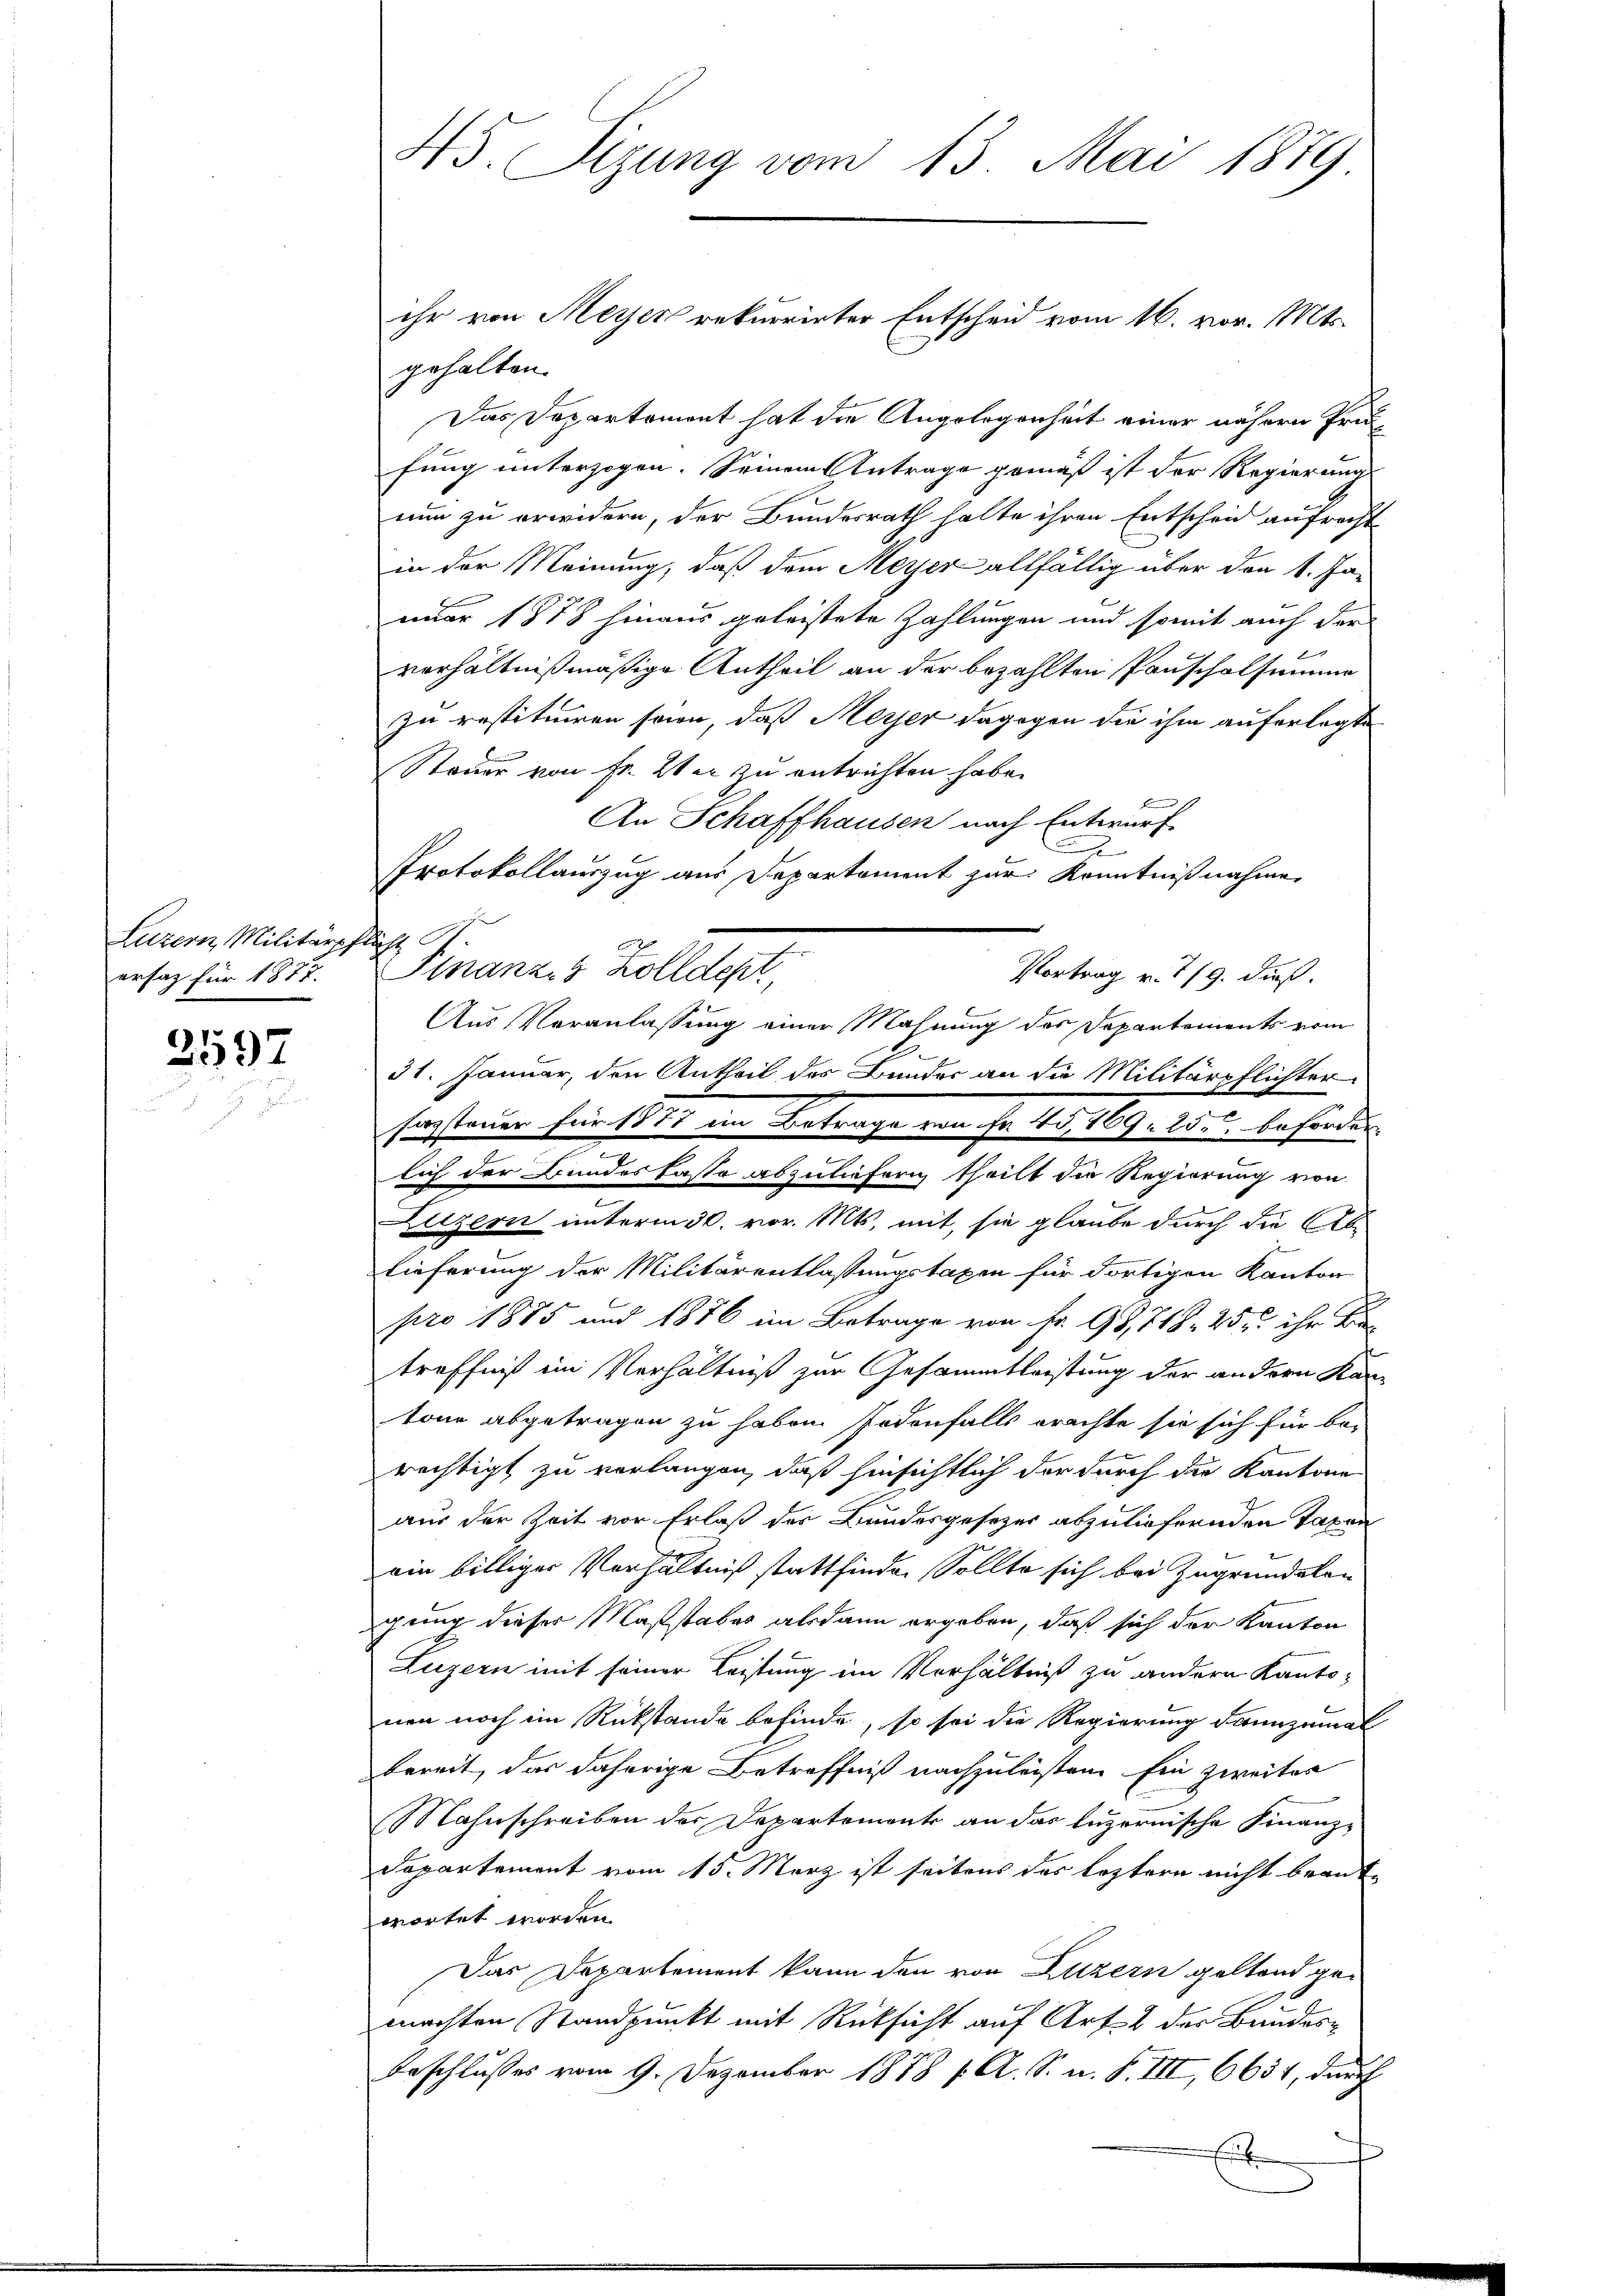
Luzern, Militärpflicht
ersatz für 1877.

3597

45. Sizung vom 13. Mai 1889

gehalten.
Das Departement hat die Angelegenheit einer nähern Prifung unterzogen. Seinem Antrage gemäß ist der Regierung
nun zu erwidern, der Bundesrath halte ihren Entscheid aufrecht
in der Meinung, daß dem Meyer allfällig über den 1. Ja-
nuar 1878 hinaus geleistete Zahlungen und somit auch der

verhältnißmäßige Antheil an der bezahlten Panscholsummer
zu restituiren sein, daß Meyer dagegen die ihm auferlegte
Steuer von Fr. 2ter zu entrichten habe.
F
An Schaffhausen nach Entwurf
e
Protokollauszug aus Departement zur Kenntnißnahme,
Finanzes Kolldept
Vortrag v. 1/9. dieß.
.
31. Januar, den Antheil des Bundes an die Militärpflichter
Erzsteuer für 1877 im Betrage von je t5,109. 25. beforden
lich der Bundeskasse abzuliefern theilt die Regierung von
Litzern unterm 30. vor. Mts. mit, sie glaube durch die Ablieferung der Militärentlassungstaxen für dortigen Kanton
pro 1885 und 1876 im Betrage von Fr. 98, 748. 25 u. ihr ka
treffniß im Verhältniß zur Gesammtleistung der andern Kantone abgetragen zu haben. Jedenfalls erachte sie sich für be-
rechtigt zu verlangen, daß hinsichtlich der durch die Kantone
aus der Zeit vor Erlaß des Bundesgesetzes abzuliefernden Taxen
ein billiger Verhältniß stattfinde. Sollte sich bei Zugründelan
ichung dieser Maßstabes alsdann ergeben, daß sich der Kanton
Luzern mit seiner Leistung im Verhältniß zu andern Kanto-
nen noch im Rückstände befinde, so sei die Regierung dannzumal
bereit, das daherige Betreffniß nachzuleisten Ein zweiter
Mahnschreiben der Departement an das luzernische Finanz¬
Departement vom 15. März ist seitens das leztern nicht beantwortet worden.
Das Departement kann den von Luzern geltend gemachten Standpunkt mit Rücksicht auf Art. 2 der Bundes¬
Beschlusses vom 9. Dezember 1878 f. A. S. n. F. III, 6634, durch
F

ihr von Meyer rekurrirter Entscheid vom 16. vor. Mts.

Aus Veranlassung einer Mahnung des Departements vom